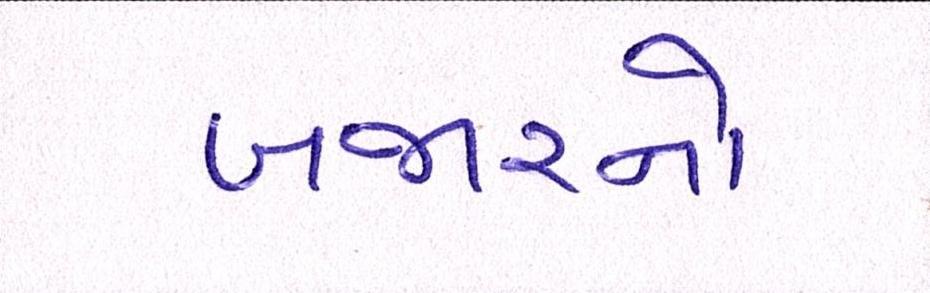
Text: બજારનો